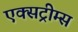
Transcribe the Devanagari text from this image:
एक्सट्रीम्स